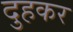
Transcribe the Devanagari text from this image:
दुहकर